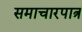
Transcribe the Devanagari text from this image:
समाचारपात्र